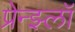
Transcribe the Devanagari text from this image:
प्रेन्झ्लॉ